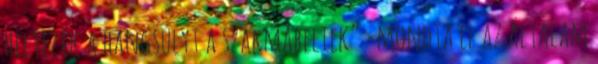
helyezik a hangsúlyt a szakmabeliek” -mondta el az általam